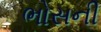
ભોસની